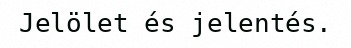
Jelölet és jelentés.